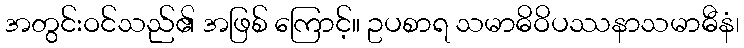
အတွင်းဝင်သည်၏ အဖြစ် ကြောင့်။ ဥပစာရ သမာဓိဝိပဿနာသမာဓီနံ၊